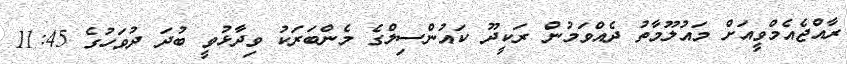
ރާއްޖެއެމްވީއަށް މައުލޫމާތު ދެއްވަމުން ރަކީދޫ ކައުންސިލްގެ މެންބަރަކު ވިދާޅުވީ ބުދަ ދުވަހުގެ 11:45